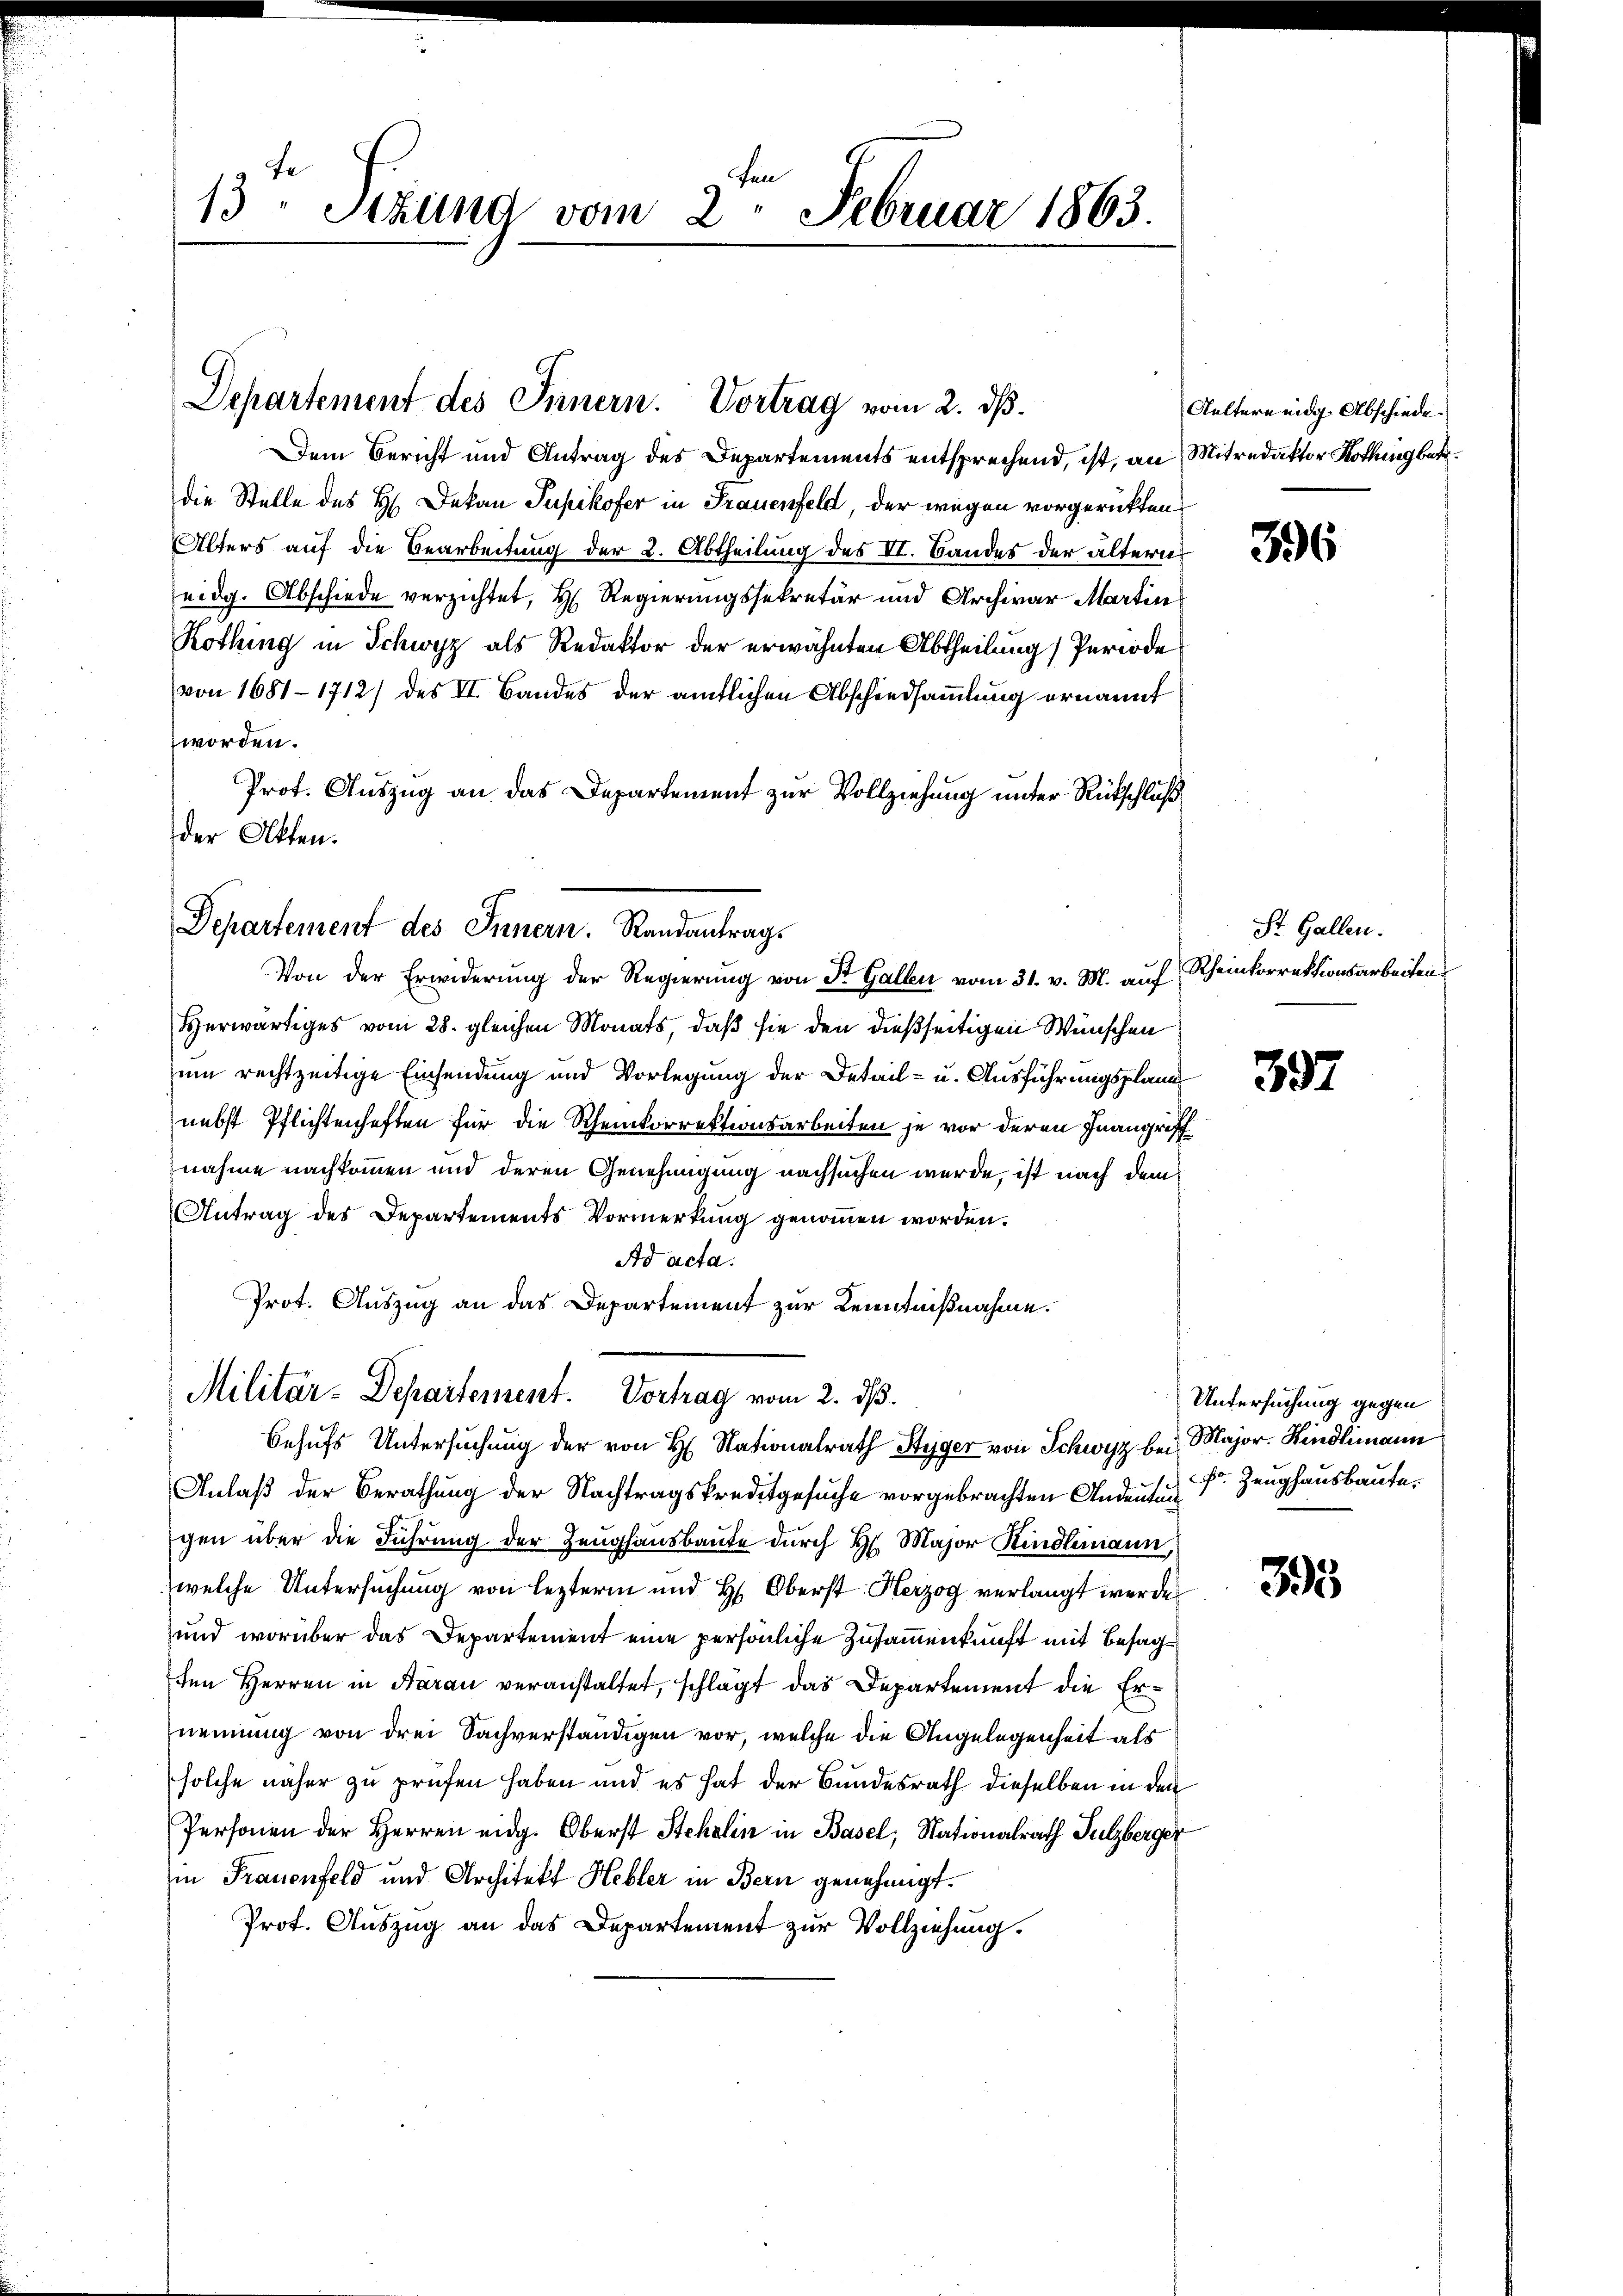
fen
13 Sitzung vom 2. Februar 1863.

Departement des Innern. Vortrag vom 2. dß.

Dem Bericht und Antrag des Departements entsprechend, ist, an Mitredaktor Kothing betr.
die Stelle des H. Dekan Pupikofer in Frauenfeld, der wegen vorgerückten.
Alters auf die Bearbeitung der 2. Abtheilung des VI. Bandes der ältern
eidg. Abschiede verzichtet, H. Regierungssekretär und Archivar Martin
Kothing in Schwyz als Redaktor der erwähnten Abtheilung Periode
von 1681-1712) des II. Bandes der amtlichen Abschiedsammlung ernannt
worden.
Prot. Auszug an das Departement zur Vollziehung unter Rütschluß
der Akten.

Departement des Innern. Randantrags
Von der Erwiderung der Regierung von Dr. Gallen vom 31. v. M. auf Rheinkorrektionsarbeiten

Prot. Auszug an das Departement zur Kenntnißnahme.
Militär-Departement. Vortrag vom 2. dβ.

Herwärtiges vom 28. gleichen Monats, daß sie den dießseitigen Wünschen
um rechtzeitige Einsendung und Vorlegung der Detail- u. Ausführungsplanes
nebst Pflichtenhaften für die Scheinkorrektionsarbeiten je vor deren Inangriff
nahme nachkommen und deren Genehmigung nachsuchen werde, ist nach dem
Antrag des Departements Vormerkung genommen worden.
Ad acta.
Anlaß der Berathung der Nachtragskreditgesuche vorgebrachten Andeutun
gen über die Führung der Zeughausbaute durch Hr. Major Kindlimann,
welche Untersuchung von lezterm und H. Oberst Herzog verlangt werde
und worüber das Departement eine persönliche Zusammenkunft mit Besagten Herren in Aarau veranstaltet, schlagt das Departement die Ernennung von drei Sachverständigen vor, welche die Angelegenheit als
solche näher zu prüfen haben und es hat der Bundesrath dieselben in den
Personen der Herren eidg. Oberst Stehlin in Basel, Nationalrath Sulzberger
in Frauenfeld und Architekt Hebler in Bern genehmigt.
Prot. Auszug an das Departement zur Vollziehung.

Behufs Untersuchung der von H. Nationalrath Styger von Schwyz bei Major Kindlimann

Aultern eidg. Abschiede

.

396

St. Gallen.

397

Untersuchung gegen
Fr. Zeughausbaute.

395